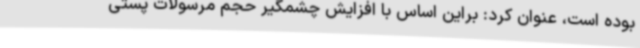
بوده است، عنوان کرد: براین اساس با افزایش چشمگیر حجم مرسولات پستی